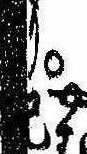
り已